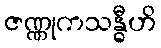
ဇဏ္ဏုကသန္ဓီဟိ